Sketch of the medical history of the native army of Bombay, for the year
Year: 1875
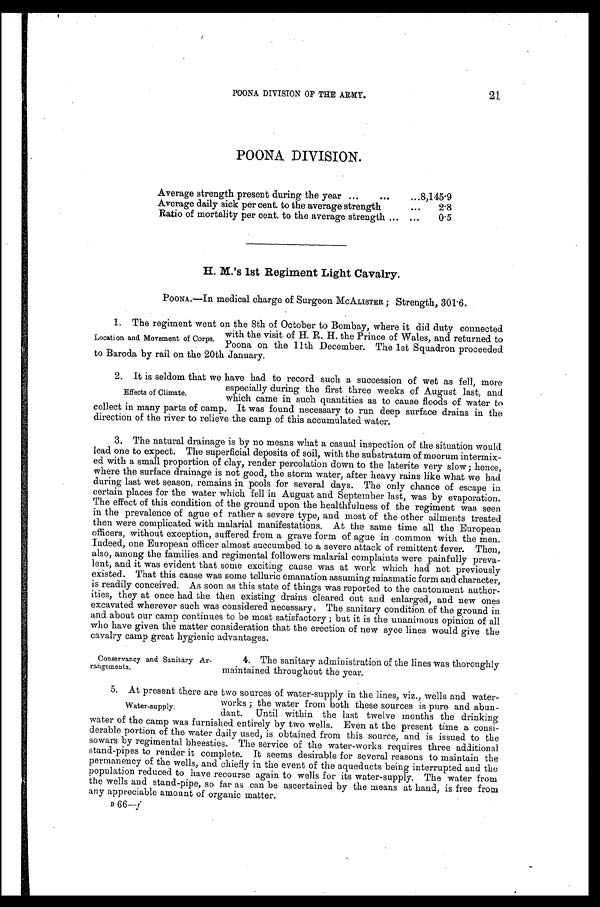
21
POONA DIVISION OF THE ARMY.
POONA DIVISION.
Average strength present during the year . . .
8 , 1 4 5 . 9
Average daily sick per cent. to the average strength . . .
2.8
Ratio of mortality per cent. to the average strength . . .
0.5
H. M.'s 1st Regiment Light Cavalry.
POONA.—In medical charge of Surgeon McALISTER; Strength, 301.6
1. The regiment went on the 8th of October to Bombay, where it did duty connected
with the visit of H. R. H. the Prince of Wales, and returned to
Poona on the 11th December. The 1st Squadron proceeded
to Baroda by rail on the 20th January.
2. It is seldom that we have had to record such a succession of wet as fell, more
especially during the first three weeks of August last, and
which came in such quantities as to cause floods of water to
collect in many parts of camp. It was found necessary to run deep surface drains in the
direction of the river to relieve the camp of this accumulated water.
3. The natural drainage is by no means what a casual inspection of the situation would
lead one to expect. The superficial deposits of soil, with the substratum of moorum intermix
-
ed with a small proportion of clay, render percolation down to the laterite very slow; hence,
where the surface drainage is not good, the storm water, after heavy rains like what we had
during last wet season, remains in pools for several days. The only chance of escape in
certain places for the water which fell in August and September last, was by evaporation.
The effect of this condition of the ground upon the healthfulness of the regiment was seen
in the prevalence of ague of rather a severe type, and most of the other ailments treated
then were complicated with malarial manifestations. At the same time all the European
officers, without exception, suffered from a grave form of ague in common with the men.
Indeed, one European officer almost succumbed to a severe attack of remittent fever. Then,
also, among the families and regimental followers malarial complaints were painfully preva
-
lent, and it was evident that some exciting cause was at work which had not previously
existed. That this cause was some telluric emanation assuming miasmatic form and character,
is readily conceived. As soon as this state of things was reported to the cantonment author
- i t i e s , t h e y a t o n c e h a d t h e t h e n e x i s t i n g d r a i n s c l e a r e d o u t a n d e n l a r g e d , a n d n e w o n e s
excavated wherever such was considered necessary. The sanitary condition of the ground in
and about our camp continues to be most satisfactory; but it is the unanimous opinion of all
who have given the matter consideration that the erection of new syce lines would give the
cavalry camp great hygienic advantages.
Location and Movement of Corps.
Effects of Climate.
Conservancy and Sanitary Ar
-rangements.
4. The sanitary administration of the lines was thoroughly
maintained throughout the year.
5. At present there are two sources of water-supply in the lines, viz., wells and water
-
works; the water from both these sources is pure and abun
-
dant. Until within the last twelve months the drinking
water of the camp was furnished entirely by two wells. Even at the present time a consi
-
derable portion of the water daily used, is obtained from this source, and is issued to the
sowars by regimental bheesties. The service of the water-works requires three additional
stand-pipes to render it complete. It seems desirable for several reasons to maintain the
permanency of the wells, and chiefly in the event of the aqueducts being interrupted and the
population reduced to have recourse again to wells for its water-supply. The water from
the wells and stand-pipe, so far as can be ascertained by the means at hand, is free from
any appreciable amount of organic matter.
B 66—j
Water-supply.